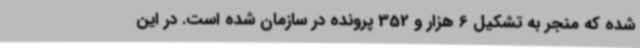
شده که منجر به تشکیل 6 هزار و 352 پرونده در سازمان شده است. در این